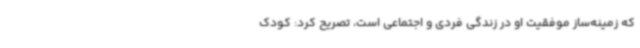
که زمینه‌ساز موفقیت او در زندگی فردی و اجتماعی است، تصریح کرد: کودک